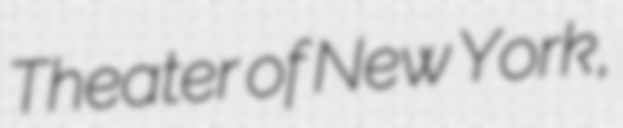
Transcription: Theater of New York,